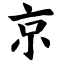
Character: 京